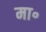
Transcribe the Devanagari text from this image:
मा॰